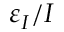
\varepsilon _ { I } / I